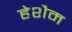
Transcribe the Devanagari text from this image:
हेशैम